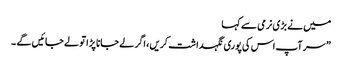
میں نے بڑی نرمی سے کہا
” سر آپ اس کی پوری نگہداشت کریں ، اگر لے جانا پڑا تو لے جائیں گے ۔